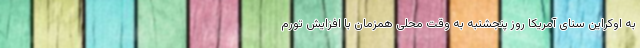
به اوکراین سنای آمریکا روز پنجشنبه به وقت محلی همزمان با افزایش تورم